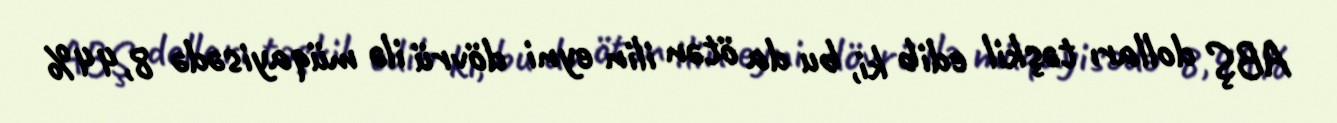
ABŞ dolları təşkil edib ki, bu da ötən ilin eyni dövrü ilə müqayisədə 8,44%